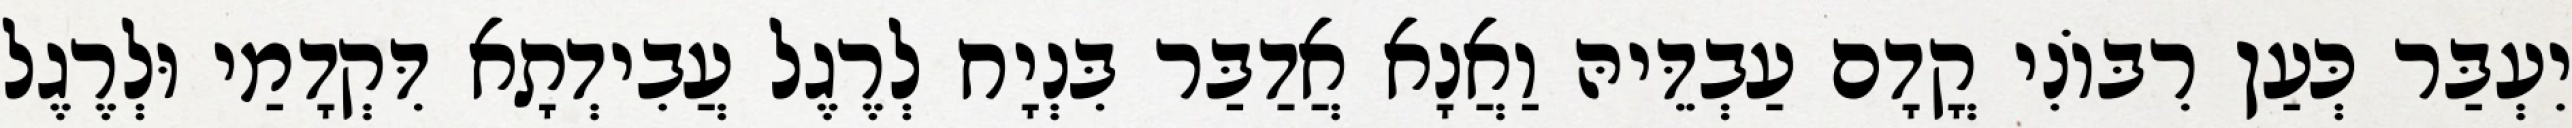
יִעְבַּר כְּעַן רִבּוֹנִי קֳדָם עַבְדֵּיהּ וַאֲנָא אֲדַבַּר בִּנְיָח לְרֶגֶל עֲבִידְתָא דִּקְדָמַי וּלְרֶגֶל